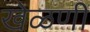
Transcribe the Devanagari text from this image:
खेळणीं